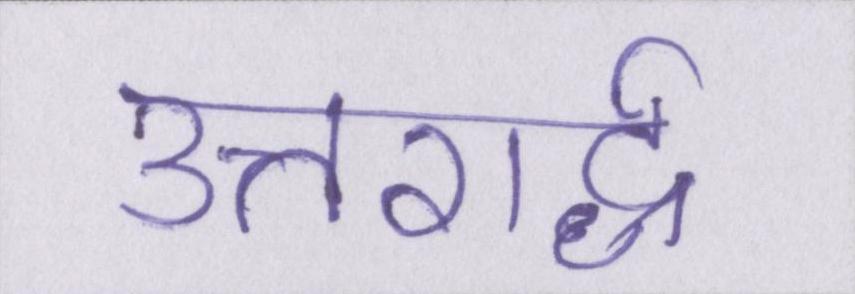
उत्तरार्द्ध